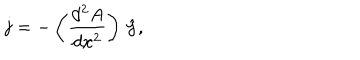
{ \bf j } = - \left( { \frac { d ^ { 2 } A } { d x ^ { 2 } } } \right) \, { \hat { \bf y } } ,